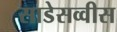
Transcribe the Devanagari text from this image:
साडेसव्वीस